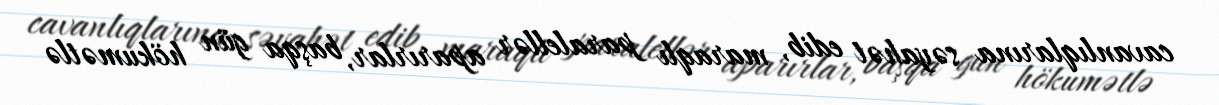
cavanlıqlarına səyahət edib, maraqlı paralellər aparırlar, başqa gün hökumətlə